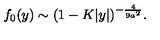
f _ { 0 } ( y ) \sim ( 1 - K | y | ) ^ { - { \frac { 4 } { 9 a ^ { 2 } } } } .